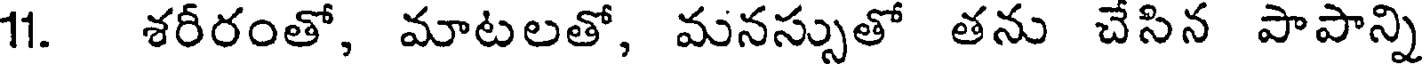
11. శరీరంతో, మాటలతో, మనస్సుతో తను చేసిన పాపాన్ని